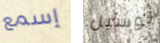
إسمع لوسيل